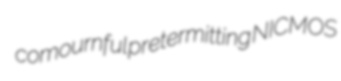
comournful pretermitting NICMOS